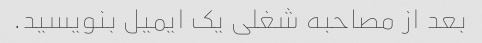
بعد از مصاحبه شغلی یک ایمیل بنویسید.